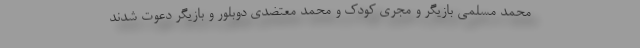
محمد مسلمی بازیگر و مجری کودک و محمد معتضدی دوبلور و بازیگر دعوت شدند